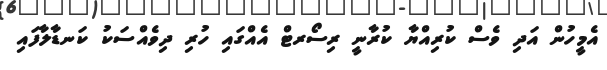
އެމީހުން އަދި ވެސް ކުރިއްޔާ ކުރާނީ ރިސޯރޓް އެއްގައި ހުރި ދިވެއްސަކު ކަނޑާލާފައި